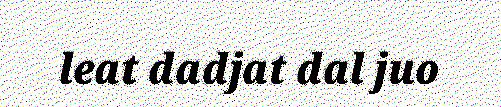
leat dadjat dal juo